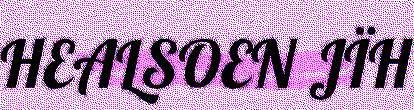
HEALSOEN JÏH